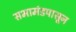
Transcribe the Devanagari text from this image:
सभामंडपासून